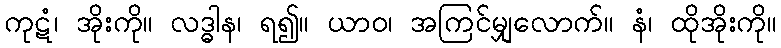
ကုဋံ၊ အိုးကို။ လဒ္ဓါန၊ ရ၍။ ယာဝ၊ အကြင်မျှလောက်။ နံ၊ ထိုအိုးကို။